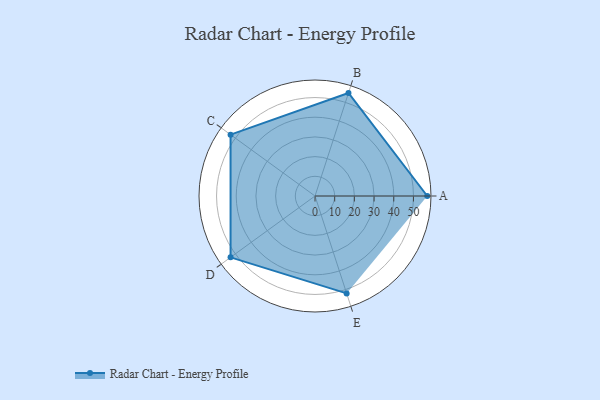
{"axis": {"x": "Skill", "y": "Score"}, "legend": ["Profile"], "data": [{"x": "A", "y": 57.0, "type": "Profile"}, {"x": "B", "y": 55.0, "type": "Profile"}, {"x": "C", "y": 53.0, "type": "Profile"}, {"x": "D", "y": 53.0, "type": "Profile"}, {"x": "E", "y": 52.0, "type": "Profile"}]}